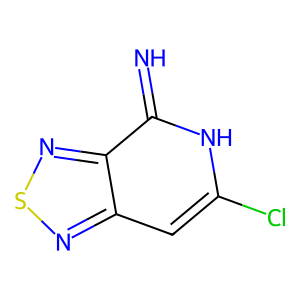
SMILES: N=c1[nH]c(Cl)cc2nsnc12
Inhibits HIV replication: No